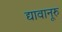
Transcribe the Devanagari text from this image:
द्यावानूरु